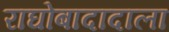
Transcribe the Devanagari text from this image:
राघोबादादाला